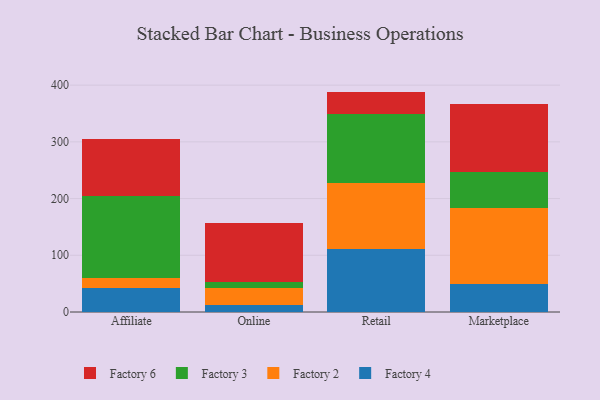
{"axis": {"x": "Channel", "y": "Website Visitors"}, "legend": ["Factory 2", "Factory 3", "Factory 4", "Factory 6"], "data": [{"x": "Affiliate", "y": 43.0, "type": "Factory 4"}, {"x": "Affiliate", "y": 16.2, "type": "Factory 2"}, {"x": "Affiliate", "y": 145.6, "type": "Factory 3"}, {"x": "Affiliate", "y": 100.1, "type": "Factory 6"}, {"x": "Online", "y": 12.4, "type": "Factory 4"}, {"x": "Online", "y": 29.8, "type": "Factory 2"}, {"x": "Online", "y": 11.4, "type": "Factory 3"}, {"x": "Online", "y": 103.5, "type": "Factory 6"}, {"x": "Retail", "y": 111.9, "type": "Factory 4"}, {"x": "Retail", "y": 115.2, "type": "Factory 2"}, {"x": "Retail", "y": 122.6, "type": "Factory 3"}, {"x": "Retail", "y": 38.9, "type": "Factory 6"}, {"x": "Marketplace", "y": 48.6, "type": "Factory 4"}, {"x": "Marketplace", "y": 134.3, "type": "Factory 2"}, {"x": "Marketplace", "y": 63.3, "type": "Factory 3"}, {"x": "Marketplace", "y": 120.5, "type": "Factory 6"}]}